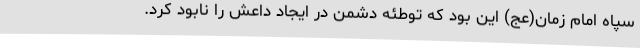
سپاه امام زمان(عج) این بود که توطئه دشمن در ایجاد داعش را نابود کرد.